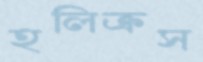
হলিক্রস